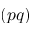
( p q )